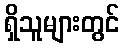
ရှိသူများတွင်